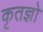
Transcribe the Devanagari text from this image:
कृतज्ञो